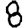
Digit: 8